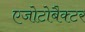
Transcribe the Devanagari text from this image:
एजोटोबैक्टर